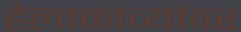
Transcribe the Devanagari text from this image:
हेलाकाव्यांवर